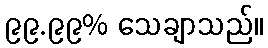
၉၉.၉၉% သေချာသည်။